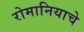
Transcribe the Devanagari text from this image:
रोमानियाचे